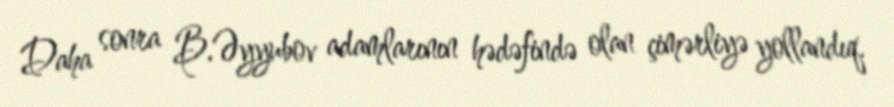
Daha sonra B.Əyyubov adamlarının hədəfində olan çimərliyə yollandıq.